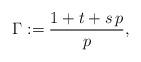
LaTeX: \begin{align*}\Gamma:=\frac{1+t+s\,p}{p},\end{align*}